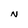
Character: N